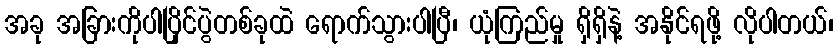
အခု အခြားကိုပါပြိုင်ပွဲတစ်ခုထဲ ရောက်သွားပါပြီ၊ ယုံကြည်မှု ရှိရှိနဲ့ အနိုင်ရဖို့ လိုပါတယ်၊